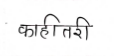
मजकूर: काहीतरी